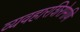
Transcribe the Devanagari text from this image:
व्यवहारशिरोमणि